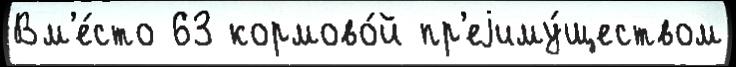
Вм'е́сто 63 кормово́й пр'еjиму́ществом